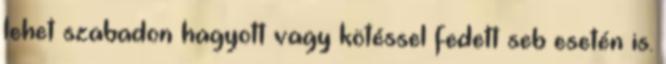
lehet szabadon hagyott vagy kötéssel fedett seb esetén is.